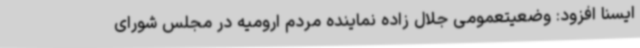
ایسنا افزود: وضعیتعمومی جلال زاده نماینده مردم ارومیه در مجلس شورای